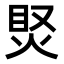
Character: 𤈳